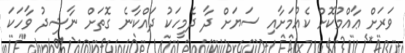
ވަރަށް ޢާއްމުކޮށް ކެއުމަށާއި ސަޔަށް ދާ ދެމީހަކު ދައްކާނެ ގޮތަށް ނާޝިދު ވާހަކަ